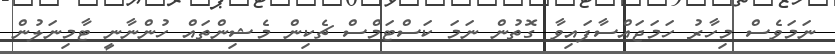
ނަމަވެސް މިހާރު ހަމަޖައްސާފައިވާ ގޮތުން ނަމަ ކަސްޓަމްސް ޗެކިން މެޝިންތައް ހުންނާނީ ޓާމިނަލުން